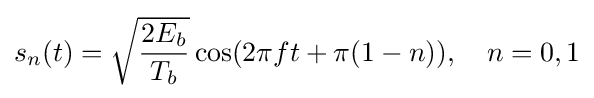
s_{n}(t)={\sqrt {\frac {2E_{b}}{T_{b}}}}\cos(2\pi ft+\pi (1-n)),\quad n=0,1